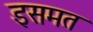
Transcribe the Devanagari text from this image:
इसमत